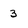
Character: 3